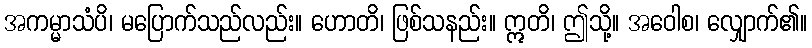
အကမ္မာသံပိ၊ မပြောက်သည်လည်း။ ဟောတိ၊ ဖြစ်သနည်း။ ဣတိ၊ ဤသို့။ အဝေါစ၊ လျှောက်၏။